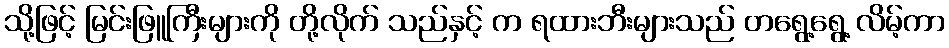
သို့ဖြင့် မြင်းဖြူကြီးများကို တို့လိုက် သည်နှင့် က ရထားဘီးများသည် တရွေ့ရွေ့ လိမ့်ကာ